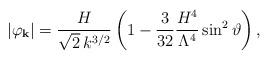
LaTeX: \begin{align*}\vert \varphi_{\bf k} \vert = \frac{H}{\sqrt{2} \,k^{3/2}} \left( 1 - \frac{3}{32} \frac{H^4}{\Lambda^4} \sin^2\vartheta \right) ,\end{align*}